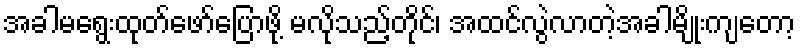
အခါမရွေးထုတ်ဖော်ပြောဖို့ မလိုသည့်တိုင်၊ အထင်လွဲလာတဲ့အခါမျိုးကျတော့